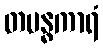
တမန္ဓကာရံ